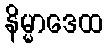
နိမ္မာဒေထ